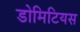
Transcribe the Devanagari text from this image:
डोमिटियस